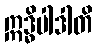
ဣဒ္ဓိပါဒါတိ